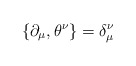
\begin{align*}\{\partial_\mu , \theta^\nu \}= \delta_\mu^\nu\end{align*}